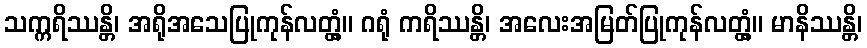
သက္ကရိဿန္တိ၊ အရိုအသေပြုကုန်လတ္တံ့။ ဂရုံ ကရိဿန္တိ၊ အလေးအမြတ်ပြုကုန်လတ္တံ့။ မာနိဿန္တိ၊